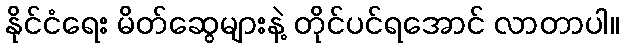
နိုင်ငံရေး မိတ်ဆွေများနဲ့ တိုင်ပင်ရအောင် လာတာပါ။